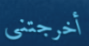
أخرجتني